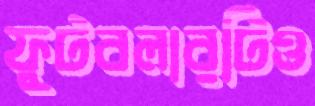
ফুটবলারটিও